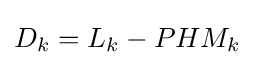
D_{k}=L_{k}-PHM_{k}\;